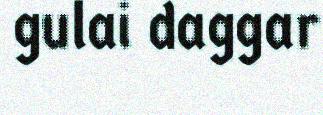
gulai daggar